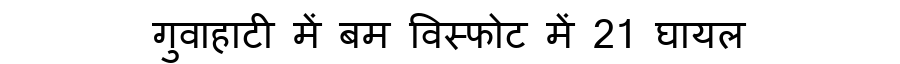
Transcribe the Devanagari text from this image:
गुवाहाटी में बम विस्फोट में 21 घायल